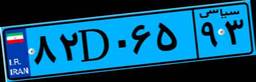
۱۹D۴۱۴۷۹